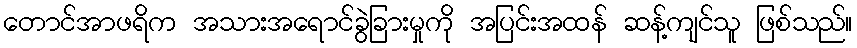
တောင်အာဖရိက အသားအရောင်ခွဲခြားမှုကို အပြင်းအထန် ဆန့်ကျင်သူ ဖြစ်သည်။